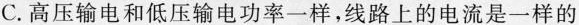
C.高压输电和低压输电功率一样，线路上的电流是一样的